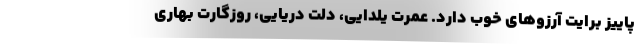
پاییز برایت آرزوهای خوب دارد. عمرت یلدایی، دلت دریایی، روزگارت بهاری